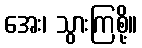
အေး၊ သွားကြစို့။